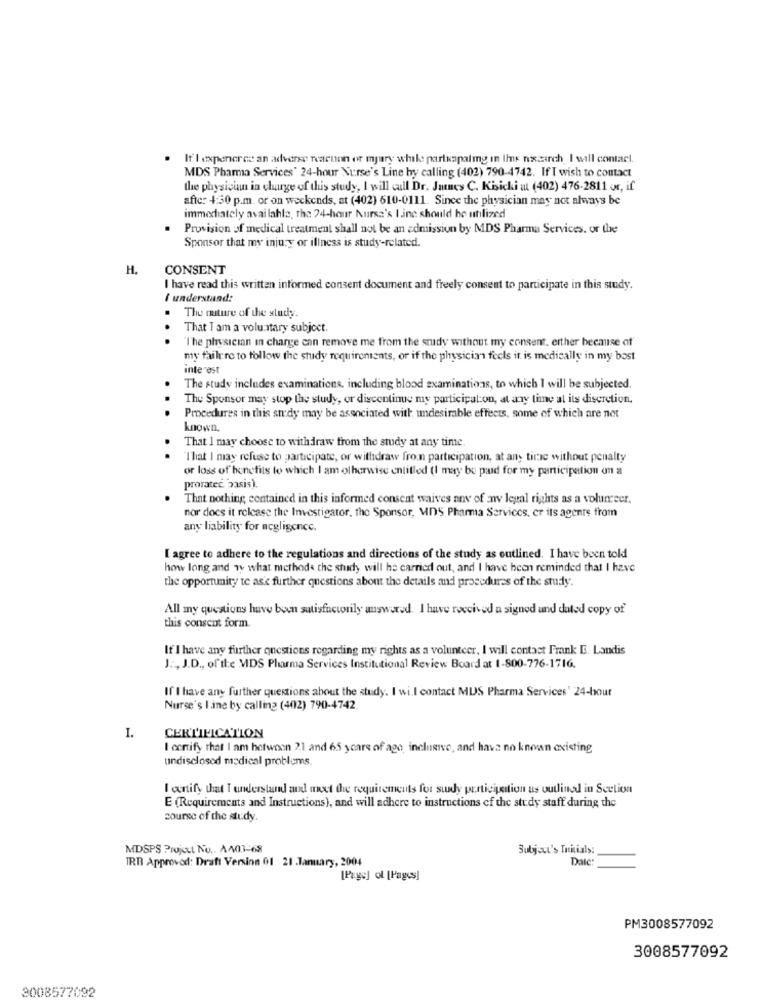
If I expeneres an adverse rearunn or mjury while partkapalmg in Ihr nxcarch. I will contact.
MDS Pharma Services' 24-hour Nurse's Line hy calling (402) 790-4742. If I wish to contact
the physician in charge of this study, I will call Dr. Janes C. Kisicki at (402) 476-2811 or, if
after 4:30 p.m. or on weekends, at (402) 610-0111. Since the physician may not always be
immediately available, the 24-hour bursa's I.inc should be utilized
Provision of medical treatment shall not be an admission by MDS Pharma Services. or the
Sponsor that my injury or illness is study-related.
H.
CONSENT
I have read this written informed consent document and freely consent to participate in this study.
I understand:
. The nature of the study.
That I am a voluntary subject.
...
"The physician in charge can remove me from the study without my consent. erther beemise af
my failure to follow the study requirements, or if the physician feels it is medically in my bost
interest
The study includes examinations, including blood examinations, to which I will be subjected.
The Sponsor may stop the study, or discontinue my participation, at any tine al its discretion.
.
Procedures in this study may be associated with undesirable effects, some of which are not
known,
That I may choose to withdraw from the study at any time.
.
"That I may refuse to participate, or withdraw fron participation, at any time without penalty
or loss of benefits to which I am otherwise entitled (I may be paid for my participation on a
proratec. basis).
That nothing contained in this informed consent waives any of any legal rights as a volumeer.
nor does it release the Investigator, the Sponsor, MIDS Pharma Services, er its agente from
any liability for negligence.
I agree to adhere to the regulations and directions of the study as outlined. I have been told
how long and wy what methods the study will he carried out, and I have been reminded that I have
the opportunity te as's further questions about the details and procedures of the study.
All my questions have been satisfactorily answered. I have received a signed und dated copy of'
this consent form.
If I have any further questions regarding my rights as a volunteer, I will contact Frank E. Landis
J :, J.D ., of the MDS Pharma Services Institutional Review Board at 1-800-776-1716.
If I have any further questions about the study. I will contact MUS Pharma Services' 24-hour
Nurse's line by calling (402) 790-4742.
I.
CERTIFICATION
I conify that I am hetwoon 2.1 and 65 years of age, inclusive, and have no known existing
undisclosed medical problems.
I entify that T understand and nnet the requirements for study participation us outlined in Section
E (Requirements and Instructions), and will adhere to instructions of the study staff during the
course of the study.
MDSPS Projut No .. A401-68
Subject's Initials:
TRT Approved: Draft Version 01 21 .January, 2004
Date
[Page] ol [Pages]
PM3008577092
3008577092
3008577092